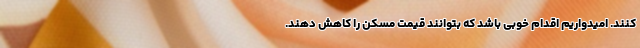
کنند. امیدواریم اقدام خوبی باشد که بتوانند قیمت مسکن را کاهش دهند.